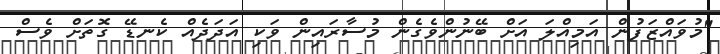
"މުވައްޒަފުން އަމިއްލަ އަށް ބޭނުންވެގެން މުސާރައިން ވަކި އަދަދެއް ކެނޑޭ ގޮތަށް ވެސް